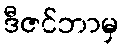
ဒီဇင်ဘာမှ